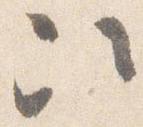
次